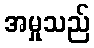
အမှုသည်